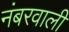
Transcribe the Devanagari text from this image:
नंबरवाली